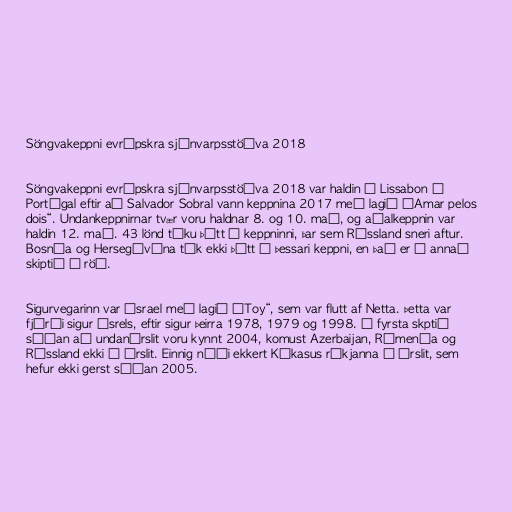
Söngvakeppni evrópskra sjónvarpsstöðva 2018

Söngvakeppni evrópskra sjónvarpsstöðva 2018 var haldin í Lissabon í
Portúgal eftir að Salvador Sobral vann keppnina 2017 með lagið „Amar pelos
dois“. Undankeppnirnar tvær voru haldnar 8. og 10. maí, og aðalkeppnin var
haldin 12. maí. 43 lönd tóku þátt í keppninni, þar sem Rússland sneri aftur.
Bosnía og Hersegóvína tók ekki þátt í þessari keppni, en það er í annað
skiptið í röð.

Sigurvegarinn var Ísrael með lagið „Toy“, sem var flutt af Netta. Þetta var
fjórði sigur Ísrels, eftir sigur þeirra 1978, 1979 og 1998. Í fyrsta skptið
síðan að undanúrslit voru kynnt 2004, komust Azerbaijan, Rúmenía og
Rússland ekki í úrslit. Einnig náði ekkert Kákasus ríkjanna í úrslit, sem
hefur ekki gerst síðan 2005.